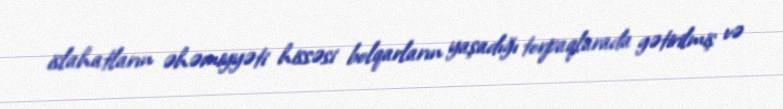
islahatların əhəmiyyəti hissəsi bolqarların yaşadığı torpaqlarada gətirilmiş və